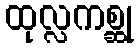
ထုလ္လကစ္ဆု